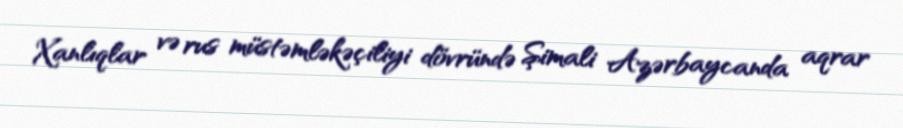
Xanlıqlar və rus müstəmləkəçiliyi dövründə Şimali Azərbaycanda aqrar